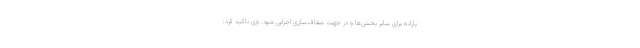
یارانه برای سایر بخش‌ها و در جهت شفاف‌سازی اجرایی شود. وی تاکید کرد: